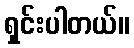
ရှင်းပါတယ်။